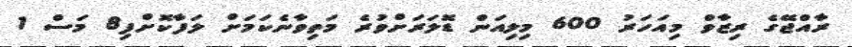
ރާއްޖޭގެ ރިޒާވް މިއަހަރު 600 މިލިއަން ޑޮލަރަށްވުރެ މަތިވާނެކަމަށް ލަފާކޮށްފި8 މަސް 1